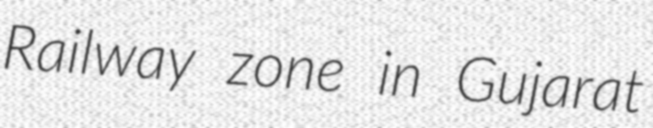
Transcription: Railway zone in Gujarat